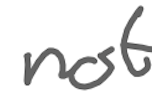
Text: not
Cross-out: clean
Writing tool: digital_gray